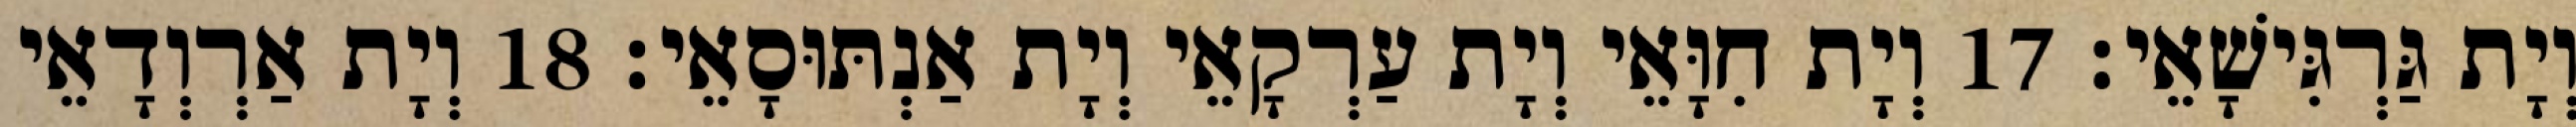
וְיָת גַּרְגִּישָׁאֵי׃ 17 וְיָת חִוָּאֵי וְיָת עַרְקָאֵי וְיָת אַנְתּוּסָאֵי׃ 18 וְיָת אַרְוְדָאֵי